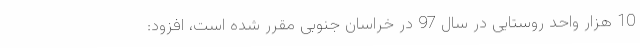
10 هزار واحد روستایی در سال 97 در خراسان جنوبی مقرر شده است، افزود: